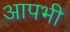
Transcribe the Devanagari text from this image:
आपभी